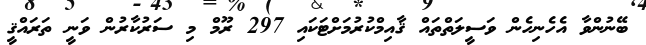
ބޭނުންވާ އެހެނިހެން ވަސީލަތްތައް ޤާއިމްކުރުމަށްޓަކައި 297 ރޫމް މި ސަރުކާރުން ވަނީ ތަރައްޤީ